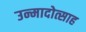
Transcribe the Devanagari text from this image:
उन्मादोत्साह